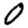
Digit: 0